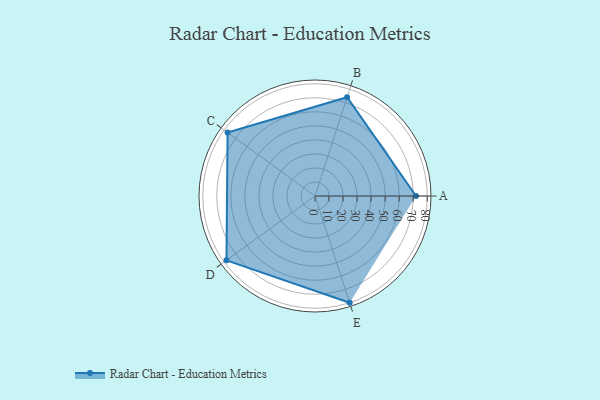
{"axis": {"x": "Skill", "y": "Score"}, "legend": ["Profile"], "data": [{"x": "A", "y": 72.0, "type": "Profile"}, {"x": "B", "y": 74.0, "type": "Profile"}, {"x": "C", "y": 77.0, "type": "Profile"}, {"x": "D", "y": 78.0, "type": "Profile"}, {"x": "E", "y": 80.0, "type": "Profile"}]}